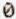
0